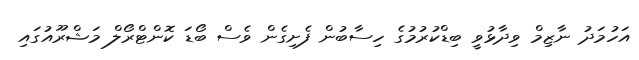
އަހުމަދު ނާޒިމް ވިދާޅުވީ ބިޑްކުރުމުގެ ހިސާބުން ފެށިގެން ވެސް ބޯޑަ ކޮންޓްރޯލް މަޝްރޫއުގައި